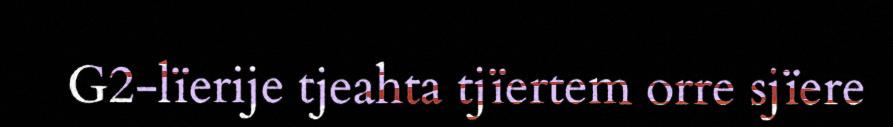
G2-lïerije tjeahta tjïertem orre sjïere